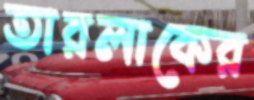
তারলাকের